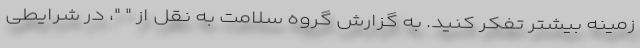
زمینه بیشتر تفکر کنید. به گزارش گروه سلامت به نقل از " "، در شرایطی